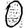
Digit: 0